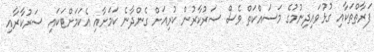
ފަރާތްތަކާއި ގުޅުވައިދިނުމުގެ މަސައްކަތް ވެސް ސަރުކާރުން ކުރިއަށް ގެންދާނެ ކަމަށާއި އެކަމަށްޓަކައި ސަރުކާރާއި